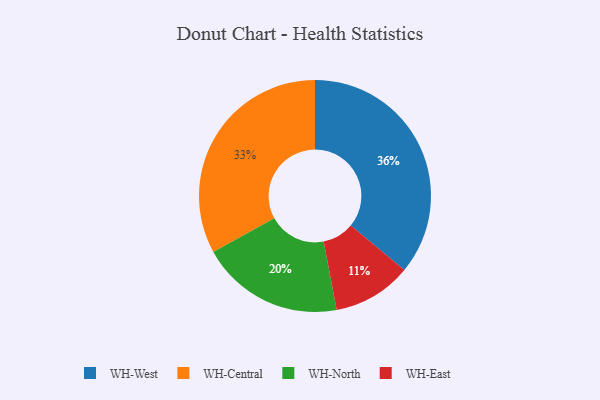
{"axis": {"x": "Category", "y": "Percentage"}, "legend": ["WH-Central", "WH-East", "WH-North", "WH-West"], "data": [{"x": "WH-East", "y": 11, "type": "WH-East"}, {"x": "WH-West", "y": 36, "type": "WH-West"}, {"x": "WH-Central", "y": 33, "type": "WH-Central"}, {"x": "WH-North", "y": 20, "type": "WH-North"}]}